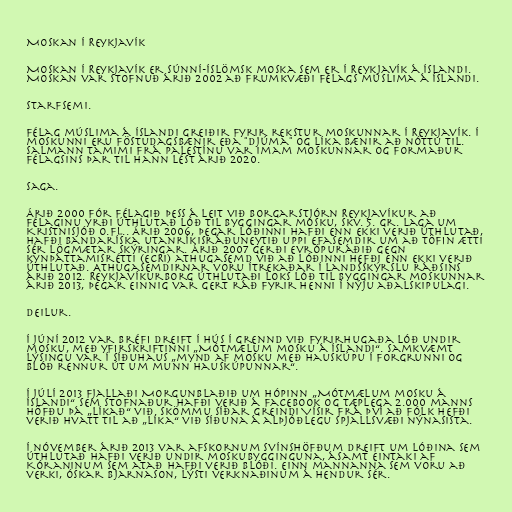
Moskan í Reykjavík

Moskan í Reykjavík er súnní-íslömsk moska sem er í Reykjavík á Íslandi.
Moskan var stofnuð árið 2002 að frumkvæði Félags múslima á Íslandi.

Starfsemi.

Félag múslima á Íslandi greiðir fyrir rekstur moskunnar í Reykjavík. Í
moskunni eru föstudagsbænir eða "djúma" og líka bænir að nóttu til.
Salmann Tamimi frá Palestínu var imam moskunnar og formaður
félagsins þar til hann lést árið 2020.

Saga.

Árið 2000 fór félagið þess á leit við borgarstjórn Reykjavíkur að
félaginu yrði úthlutað lóð til byggingar mosku, skv. 5. gr. laga um
Kristnisjóð o.fl.. Árið 2006, þegar lóðinni hafði enn ekki verið úthlutað,
hafði bandaríska utanríkisráðuneytið uppi efasemdir um að töfin ætti
sér lögmætar skýringar. Árið 2007 gerði Evrópuráðið gegn
kynþáttamisrétti (ECRI) athugasemd við að lóðinni hefði enn ekki verið
úthlutað. Athugasemdirnar voru ítrekaðar í landsskýrslu ráðsins
árið 2012. Reykjavíkurborg úthlutaði loks lóð til byggingar moskunnar
árið 2013, þegar einnig var gert ráð fyrir henni í nýju aðalskipulagi.

Deilur.

Í júní 2012 var bréfi dreift í hús í grennd við fyrirhugaða lóð undir
mosku, með yfirskriftinni „Mótmælum mosku á Íslandi“. Samkvæmt
lýsingu var í síðuhaus „mynd af mosku með hauskúpu í forgrunni og
blóð rennur út um munn hauskúpunnar“.

Í júlí 2013 fjallaði Morgunblaðið um hópinn „Mótmælum mosku á
Íslandi“ sem stofnaður hafði verið á Facebook og tæplega 2.000 manns
höfðu þá „líkað“ við. Skömmu síðar greindi Vísir frá því að fólk hefði
verið hvatt til að „líka“ við síðuna á alþjóðlegu spjallsvæði nýnasista.

Í nóvember árið 2013 var afskornum svínshöfðum dreift um lóðina sem
úthlutað hafði verið undir moskubygginguna, ásamt eintaki af
Kóraninum sem atað hafði verið blóði. Einn mannanna sem voru að
verki, Óskar Bjarnason, lýsti verknaðinum á hendur sér.